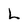
Character: L